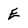
Character: E